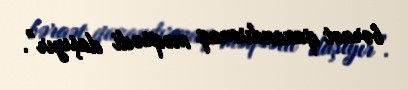
bəraət qazandırmaq məqsədi daşıyır”.